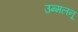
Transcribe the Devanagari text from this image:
उन्मलनू